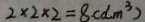
2 \times 2 \times 2 = 8 ( d m ^ { 3 } )